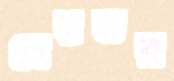
শ্রেয়তর